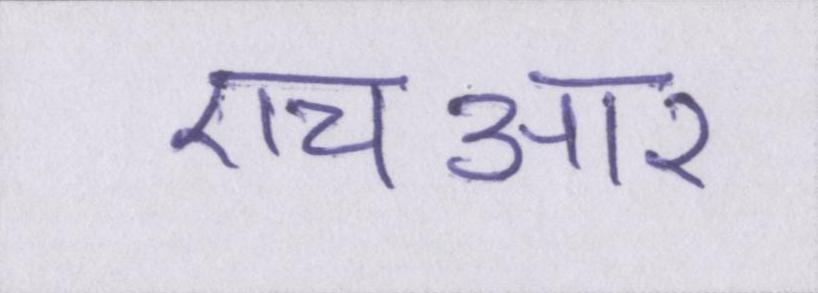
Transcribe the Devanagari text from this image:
एचआर